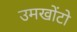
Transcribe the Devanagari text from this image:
उमखोंटो